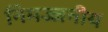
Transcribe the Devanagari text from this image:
निमज्जनीय